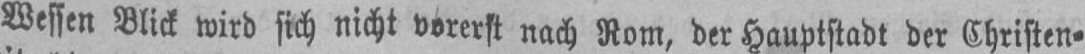
Wessen Blick wird sich nicht vorerst nach Rom, der Hauptstadt der Christen⸗